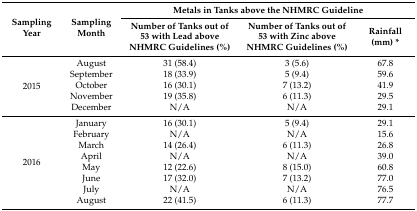
| <ROWSPAN=2> Sampling Year | <ROWSPAN=2> Sampling Month | <COLSPAN=3> Metals in Tanks above the NHMRC Guideline |
 | Number of Tanks out of 53 with Lead above NHMRC Guidelines (%) | Number of Tanks out of 53 with Zinc above NHMRC Guidelines (%) | Rainfall (mm) * |
 | --- | --- | --- | --- | --- |
 | <ROWSPAN=5> 2015 | August | 31 (58.4) | 3 (5.6) | 67.8 |
 | September | 18 (33.9) | 5 (9.4) | 59.6 |
 | October | 16 (30.1) | 7 (13.2) | 41.9 |
 | November | 19 (35.8) | 6 (11.3) | 29.5 |
 | December | N/A | N/A | 29.1 |
 | <ROWSPAN=8> 2016 | January | 16 (30.1) | 5 (9.4) | 29.1 |
 | February | N/A | N/A | 15.6 |
 | March | 14 (26.4) | 6 (11.3) | 26.8 |
 | April | N/A | N/A | 39.0 |
 | May | 12 (22.6) | 8 (15.0) | 60.8 |
 | June | 17 (32.0) | 7 (13.2) | 77.0 |
 | July | N/A | N/A | 76.5 |
 | August | 22 (41.5) | 6 (11.3) | 77.7 |